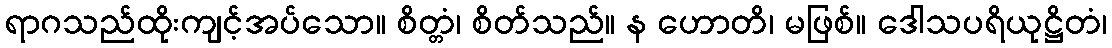
ရာဂသည်ထိုးကျင့်အပ်သော။ စိတ္တံ၊ စိတ်သည်။ န ဟောတိ၊ မဖြစ်။ ဒေါသပရိယုဋ္ဌိတံ၊